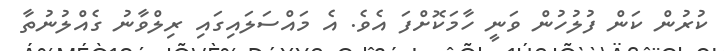
ކުރުން ކަން ފުލުހުން ވަނީ ހާމަކޮށްފަ އެވެ. އެ މައްސަލައިގައި ރިލްވާނު ގެއްލުނުތާ